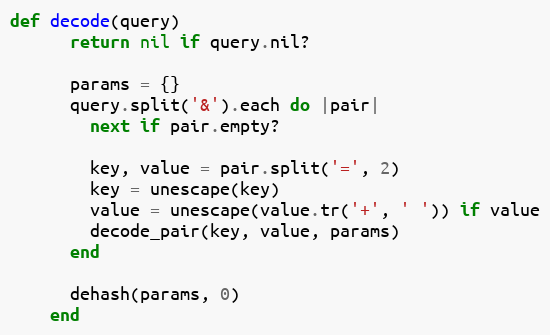
Language: Ruby
def decode(query)
      return nil if query.nil?

      params = {}
      query.split('&').each do |pair|
        next if pair.empty?

        key, value = pair.split('=', 2)
        key = unescape(key)
        value = unescape(value.tr('+', ' ')) if value
        decode_pair(key, value, params)
      end

      dehash(params, 0)
    end